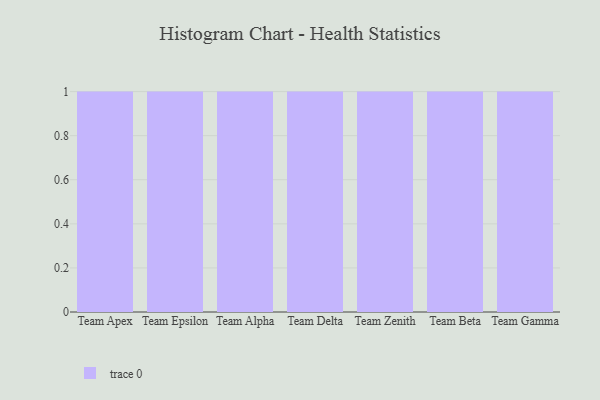
{"axis": {"x": "Team", "y": "Net Income (USD K)"}, "legend": [""], "data": [{"x": "Team Apex", "y": 20, "type": ""}, {"x": "Team Epsilon", "y": 37, "type": ""}, {"x": "Team Alpha", "y": 2, "type": ""}, {"x": "Team Delta", "y": 48, "type": ""}, {"x": "Team Zenith", "y": 22, "type": ""}, {"x": "Team Beta", "y": 77, "type": ""}, {"x": "Team Gamma", "y": 3, "type": ""}]}